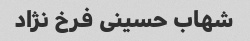
شهاب حسینی فرخ نژاد